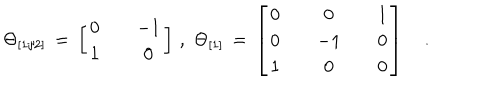
\Theta _ { [ 1 / 2 ] } \, = \, \left[ \begin{array} { c c c } { { 0 } } & { { { } } } & { { - 1 } } \\ { { 1 } } & { { { } } } & { { 0 } } \\ \end{array} \right] \, , \, \, \Theta _ { [ 1 ] } \, = \, \left[ \begin{array} { c c c c c } { { 0 } } & { { { } } } & { { 0 } } & { { { } } } & { { 1 } } \\ { { 0 } } & { { { } } } & { { - 1 } } & { { { } } } & { { 0 } } \\ { { 1 } } & { { { } } } & { { 0 } } & { { { } } } & { { 0 } } \\ \end{array} \right] \quad .